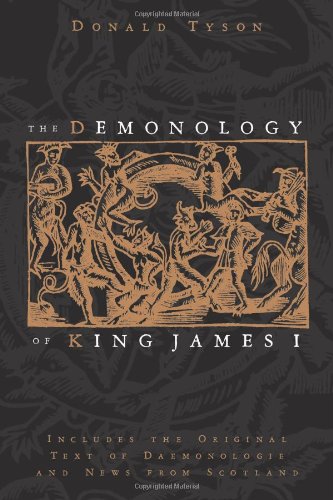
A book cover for The Demonology of King James I: Includes the Original Text of Daemonologie and News from Scotland; Donald Tyson; Religion & Spirituality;